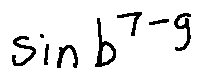
\sin b ^ { 7 - g }